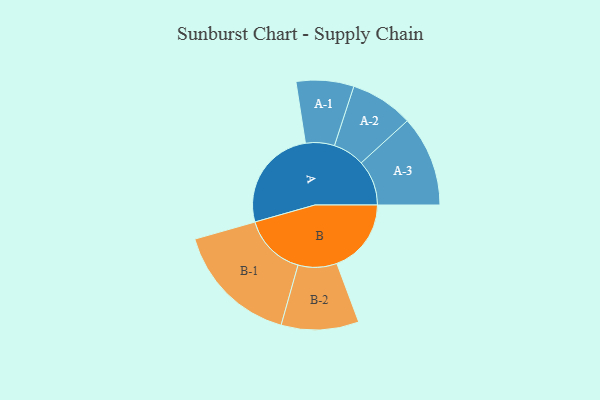
{"axis": {"x": "Segment", "y": "Value"}, "legend": ["", "A", "B"], "data": [{"x": "A", "y": 490, "type": ""}, {"x": "B", "y": 351, "type": ""}, {"x": "A-1", "y": 136, "type": "A"}, {"x": "A-2", "y": 149, "type": "A"}, {"x": "A-3", "y": 214, "type": "A"}, {"x": "B-1", "y": 295, "type": "B"}, {"x": "B-2", "y": 183, "type": "B"}]}